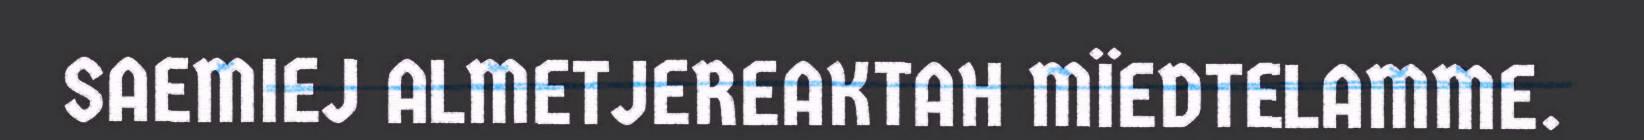
SAEMIEJ ALMETJEREAKTAH MÏEDTELAMME.